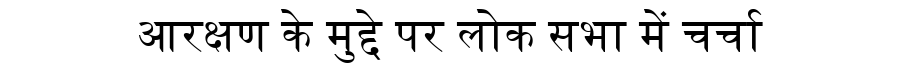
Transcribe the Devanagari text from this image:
आरक्षण के मुद्दे पर लोक सभा में चर्चा